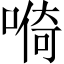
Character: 𱓺